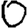
Digit: 0